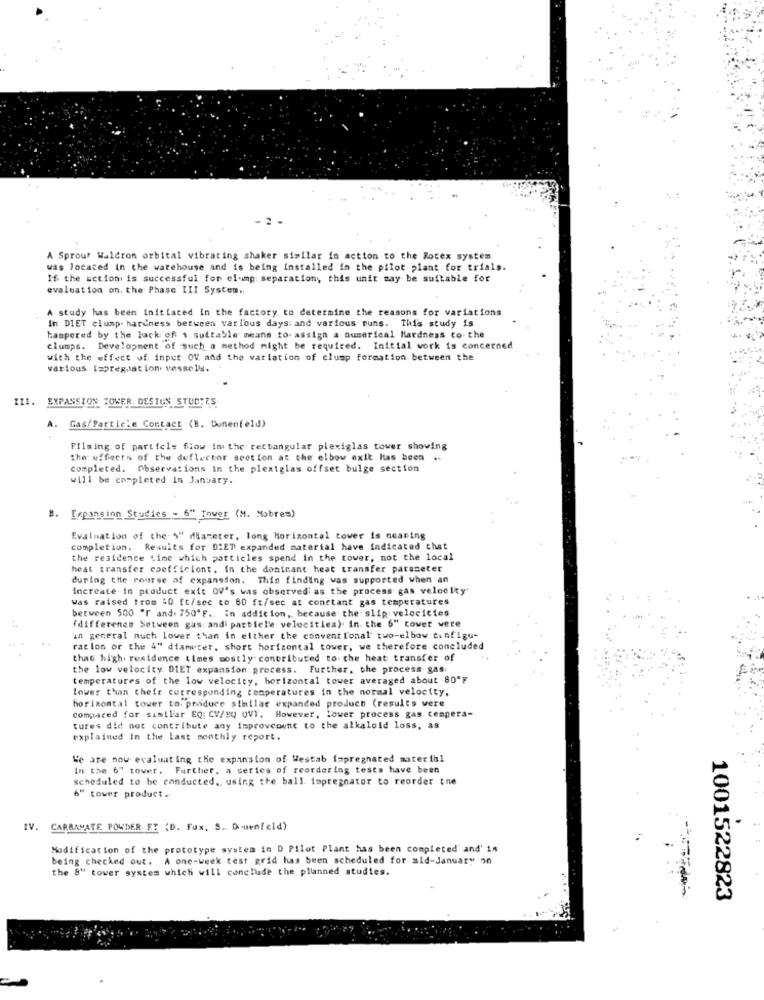
A Sprour Waldron orbital vibrating shaker similar in action to the Rotex system
was located In the warehouse and is being Installed in the pilot plant for trials.
If the action is successful for clump: separation, this unit may be suitable for
evaluation on. the Phase III System ..
A study has been initiated in the factory to determine the reasons for variations
In DIET clump. hardness between various days: and various puns. This study is
tampered by the lack of 1 suitable means to assign a numerical Hardness co. the
clumps. Development of such a method might be required. Initial work is concerned
with the effect of input OV and the variation of clump formation between the
various Impregnat lon. vassells. "
III. EXPANSION TOWER DESTON STUDERS
A. Gas/Particle Contact (B. Dunenfeld)
Filming. of particle flow in the rectangular plexiglas tower showing
the effects of the deflector section at the elbow exit Has been ..
completed. Observations in the plexiglas offset bulge section
will be completed in January.
B. Expansion Studies - 6" Tover (M. Nobres)
Evaluation of the' 4" diameter, long Horizontal tower is nearing
completion. Results for DIET expanded material have indicated that
the residence Lime which particles spend in the tower, not the local
heat transfer coefficient. in the dominant heat transfer parameter
during the course of expansion. This finding was supported when an
increate In product exit OV's was observed' as the process gas velocity
was raised trom 40 ft/sec to 80 ft/sec at constant gas temperatures
between 500 "r and. 750"F. in addition, because the slip velocictes
(difference Sotween gas: andi particle velocities). in the 6" tover were
in general much lower than in either the conventional two-elbow cinfigu-
racion or the 4" diameter, short horizontal tower, we therefore concluded
that high. residence times mostly contributed to. the heat transfer of
the low velocity DIET expansion process. Further, the process gas:
temperatures of the low velocity, horizontal tower averaged about 80ºF
lower than their corresponding temperatures in the normal velocity.
horizontal tower to. poidure similar expanded product (results vere
compared for samtlar EQ: CV/"Q OVV. However, lower process gas. tempera-
tures did not contribute any improvement to the alkaloid loss, as
explained In the last monthly report.
We are now evaluating the expansion of Westab impregnated material
In the 6" tower. Further, a series of reordering tests have been
scheduled to be conducted, using the ball. impregnator to reorder tne
6" tower product ..
IV. CARBAMATE POWDER ET (D. Fox. S. Denfeld)
Modification of the prototype system in D Pilot Plant has been completed' and' 14
being checked out. A one-week test grid has been scheduled for ald-January on
the 8" tower system which will conclude the planned studies.
1001522823